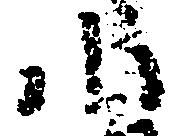
小